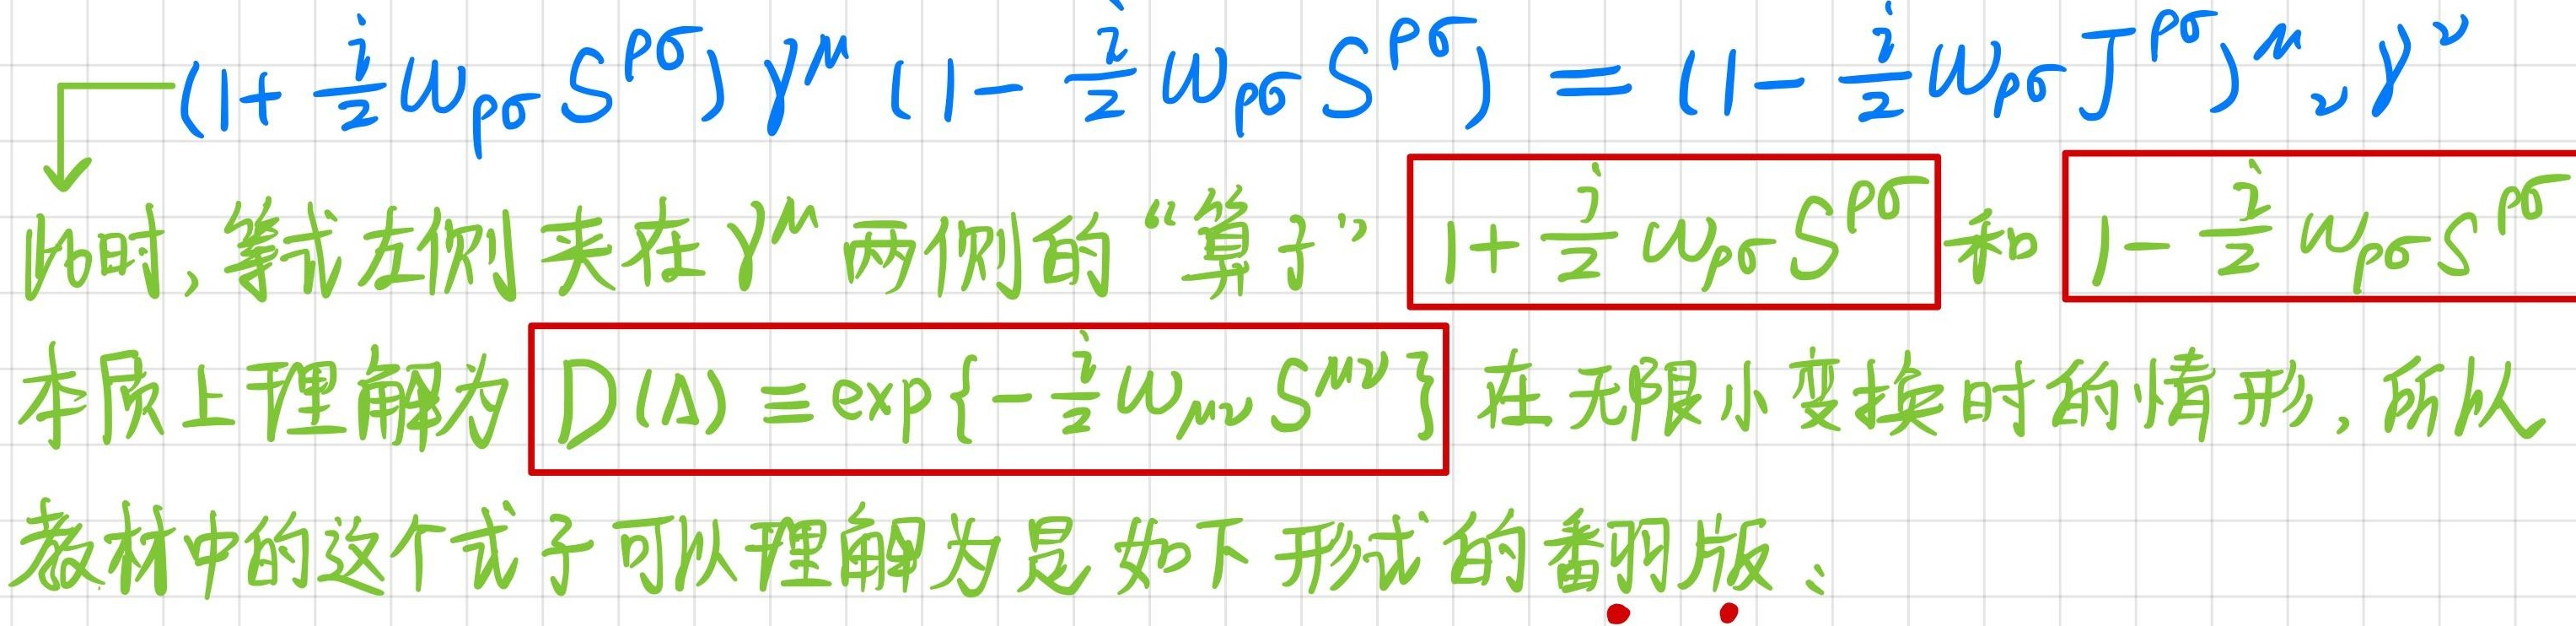
$(1+\frac{i}{2}\omega_{\rho\sigma}S^{\rho\sigma})\gamma^{\mu}(1-\frac{i}{2}\omega_{\rho\sigma}S^{\rho\sigma})=(1-\frac{i}{2}\omega_{\rho\sigma}J^{\rho\sigma})^{\mu}{}_{\nu}\gamma^{\nu}$

此时, 等式左侧夹在 $\gamma^{\mu}$ 两侧的 “算子” $1+\frac{i}{2}\omega_{\rho\sigma}S^{\rho\sigma}$ 和 $1-\frac{i}{2}\omega_{\rho\sigma}S^{\rho\sigma}$

本质上理解为 $D(\Lambda)\equiv\exp\{-\frac{i}{2}\omega_{\mu\nu}S^{\mu\nu}\}$ 在无限小变换时的情形, 所以

教材中的这个式子可以理解为是如下形式的翻版、